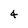
Character: 4